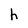
Character: h